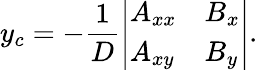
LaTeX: y_{c}=-{\frac{1}{D}}{\left|\begin{array}{ll}{A_{xx}}&{B_{x}}\\ {A_{xy}}&{B_{y}}\end{array}\right|}.